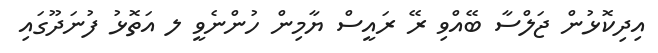
އިދިކޮޅުން ޖަލްސާ ބޭއްވި ރޭ ރައީސް ޔާމިން ހުންނެވީ ލ އަތޮޅު ފުނަދޫގައި